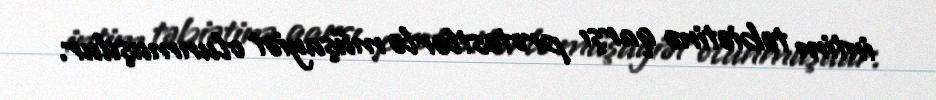
intim təbiətinə qarşı protestlərlə müşayiət olunmuşdur.